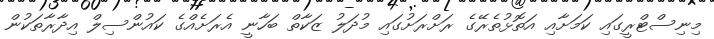
މިނިސްޓްރީގައި ކަމަށާއި އަތޮޅުތެރޭގެ ރަށްރަށުގައި މުދަލު ޒަކާތް ބަހާނީ އެރަށެއްގެ ކައުންސިލް އިދާރާތަކުން